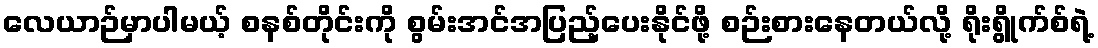
လေယာဉ်မှာပါမယ့် စနစ်တိုင်းကို စွမ်းအင်အပြည့်ပေးနိုင်ဖို့ စဉ်းစားနေတယ်လို့ ရိုးရွိုက်စ်ရဲ့